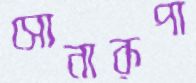
সোনারূপা